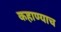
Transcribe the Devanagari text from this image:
कहाण्याच